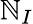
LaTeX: \mathbb{N}_{I}